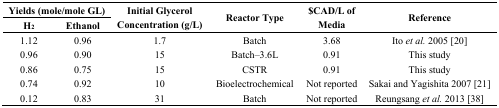
| <COLSPAN=2> Yields (mole/mole GL) | <ROWSPAN=2> Initial Glycerol Concentration (g/L) | <ROWSPAN=2> Reactor Type | <ROWSPAN=2> $CAD/L of Media | <ROWSPAN=2> Reference |
 | H2 | Ethanol |
 | --- | --- | --- | --- | --- | --- |
 | 1.12 | 0.96 | 1.7 | Batch | 3.68 | Ito et al. 2005 [20] |
 | 0.96 | 0.90 | 15 | Batch–3.6L | 0.91 | This study |
 | 0.86 | 0.75 | 15 | CSTR | 0.91 | This study |
 | 0.74 | 0.92 | 10 | Bioelectrochemical | Not reported | Sakai and Yagishita 2007 [21] |
 | 0.12 | 0.83 | 31 | Batch | Not reported | Reungsang et al. 2013 [38] |